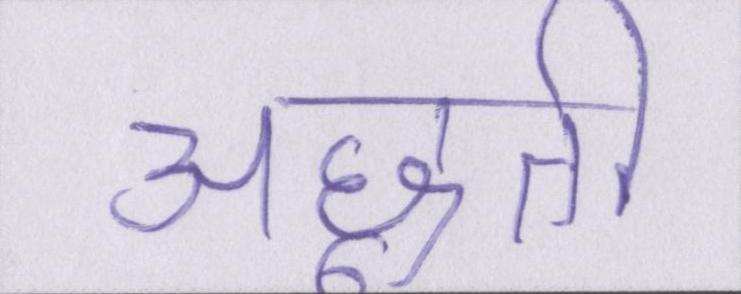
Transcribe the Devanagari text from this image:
अछूती